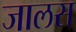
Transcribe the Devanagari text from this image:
जालस